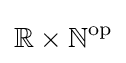
\mathbb {R} \times \mathbb {N} ^{\text{op}}